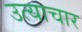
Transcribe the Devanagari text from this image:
उत्याचार